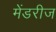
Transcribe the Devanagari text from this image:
मेंडरीज